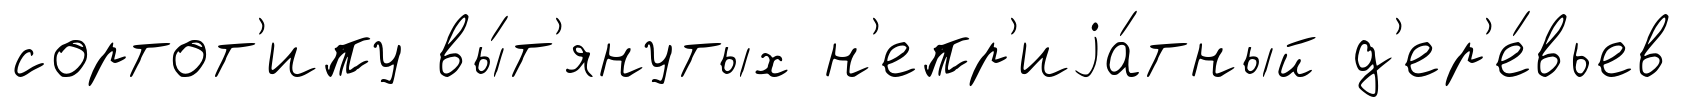
сортот'ипу вы́т'янутых н'епр'иjа́тный д'ер'е́вьев